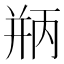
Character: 𪪃